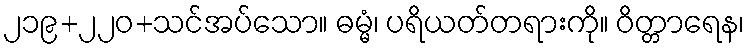
၂၁၉+၂၂၀+သင်အပ်သော။ ဓမ္မံ၊ ပရိယတ်တရားကို။ ဝိတ္တာရေန၊